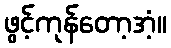
ဖွင့်ကုန်တော့အံ့။